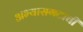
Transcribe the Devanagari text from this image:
अभ्यासगटाची